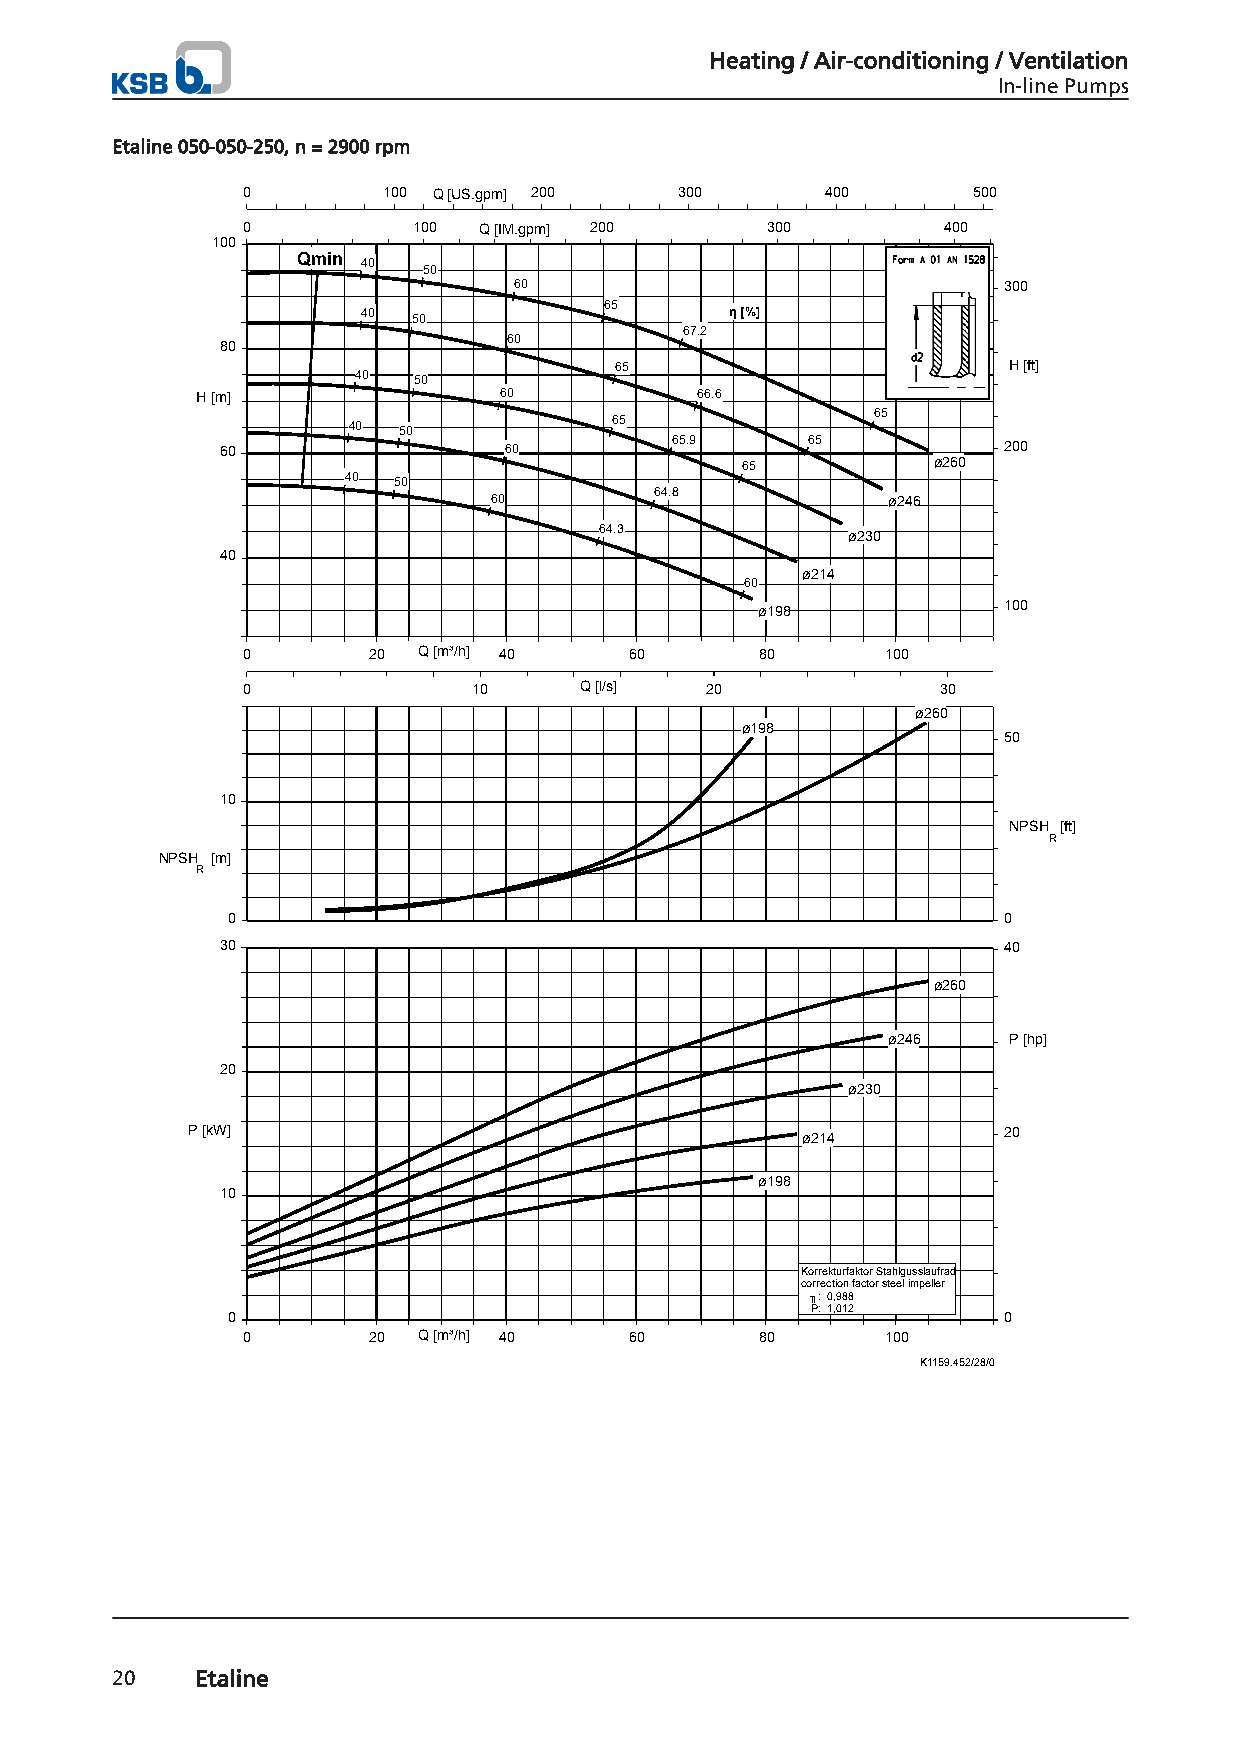
Heating / Air-conditioning / Ventilation
 In-line Pumps
 Etaline 050-050-250, n = 2900 rpm
 0        100 Q [US.gpm] 200  300       400      500
 0          100  Q [IM.gpm] 200     300        400
 100
 Qmin
 40
 50
 60                              300
 65
 40 50                   η [%]
 67.2
 60
 80
 65                        H [ft]
 40 50
 H [m]               60           66.6
 65
 40 50             65
 60                60         65.9     65           200
 65           ø260
 40 50
 64.8
 60                         ø246
 64.3
 ø230
 40
 ø214
 60
 ø198            100
 0       20  Q [m³/h] 40   60      80       100
 0              10     Q [l/s]  20             30
 ø260
 ø198
 50
 10
 NPSH [ft]
 R
 NPSH [m]
 R
 0                                                  0
 30                                                 40
 ø260
 ø246    P [hp]
 20
 ø230
 P [kW]                                   ø214         20
 ø198
 10
 Korrekturfaktor Stahlgusslaufrad
 correction factor steel impeller
 ╖: 0,988
 P: 1,012
 0                                                  0
 0       20  Q [m³/h] 40   60      80       100
 K1159.452/28/0
 20    Etaline